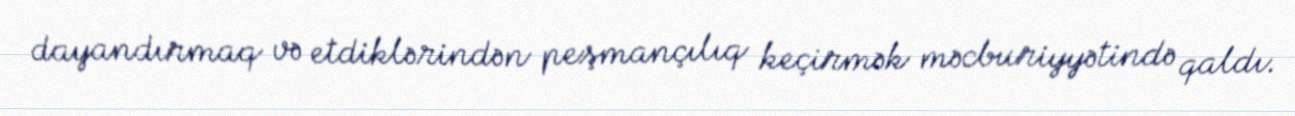
dayandırmaq və etdiklərindən peşmançılıq keçirmək məcburiyyətində qaldı.